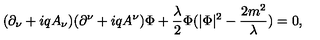
( \partial _ { \nu } + i q A _ { \nu } ) ( \partial ^ { \nu } + i q A ^ { \nu } ) \Phi + \frac { \lambda } { 2 } \Phi ( | \Phi | ^ { 2 } - \frac { 2 m ^ { 2 } } { \lambda } ) = 0 ,